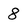
Character: 8